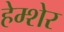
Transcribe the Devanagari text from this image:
हेम्शेर